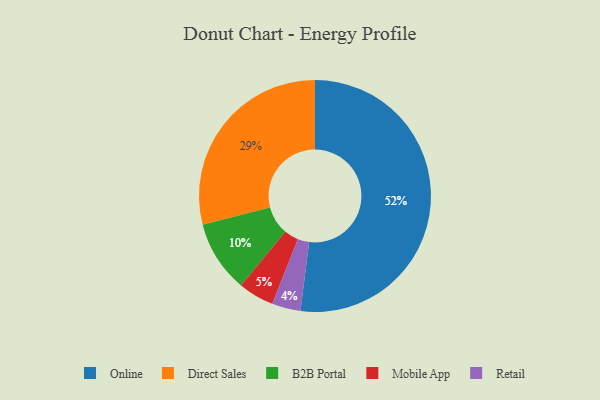
{"axis": {"x": "Category", "y": "Percentage"}, "legend": ["B2B Portal", "Direct Sales", "Mobile App", "Online", "Retail"], "data": [{"x": "Retail", "y": 4, "type": "Retail"}, {"x": "Direct Sales", "y": 29, "type": "Direct Sales"}, {"x": "Online", "y": 52, "type": "Online"}, {"x": "B2B Portal", "y": 10, "type": "B2B Portal"}, {"x": "Mobile App", "y": 5, "type": "Mobile App"}]}